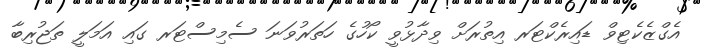
އެގްޒެކެޓިވް ޑައިރެކްޓަރ އިތުރަށް ވިދާޅުވީ ކޯހުގެ ހަތަރުވަނަ ސެމިސްޓަރ ގައި އަމަލީ ތަޖުރިބާ